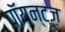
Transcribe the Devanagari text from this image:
पॉयन्ट्ज़